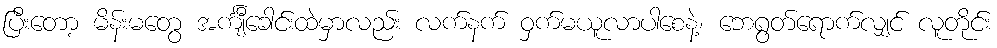
ပြီးတော့ မိန်းမတွေ အင်္ကျီခေါင်းထဲမှာလည်း လက်နက် ဝှက်မယူလာပါစေနဲ့၊ ဘေရွတ်ရောက်လျှင် လူတိုင်း